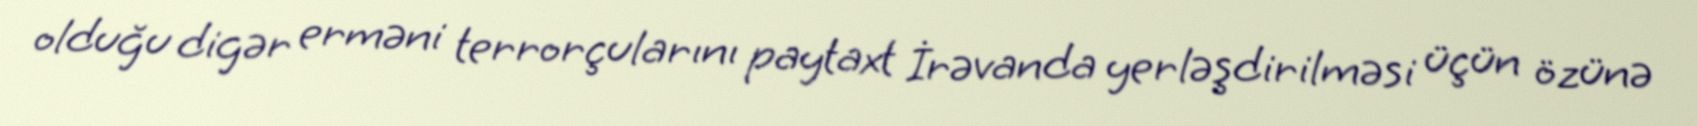
olduğu digər erməni terrorçularını paytaxt İrəvanda yerləşdirilməsi üçün özünə